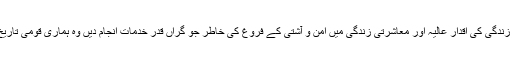
انھوں نے علم،ادب،تاریخ،تہذیب و ثقافت، زندگی کی اقدار عالیہ اور معاشرتی زندگی میں امن و آشتی کے فروغ کی خاطر جو گراں قدر خدمات انجام دیں وہ ہماری قومی تاریخ اور تاریخ ادب کا ایک درخشاں باب ہیں۔